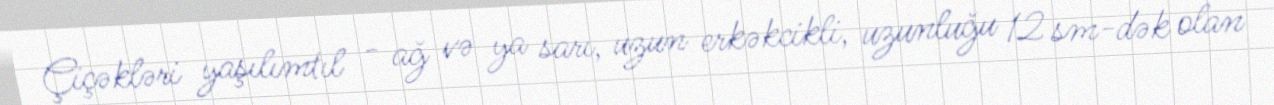
Çiçəkləri yaşılımtıl - ağ və ya sarı, uzun erkəkcikli, uzunluğu 12 sm-dək olan